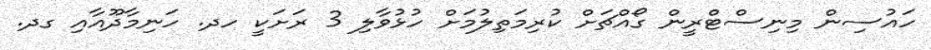
ހައުސިން މިނިސްޓްރީން ގޯއްޗަށް ކުރިމަތިލުމަށް ހުޅުވާލި 3 ރަށަކީ ހދ. ހަނިމާދޫއާއި ގދ.